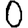
Digit: 0